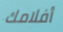
أفلامك